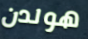
هولدن